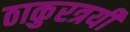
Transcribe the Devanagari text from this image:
ठाकुरत्रयी